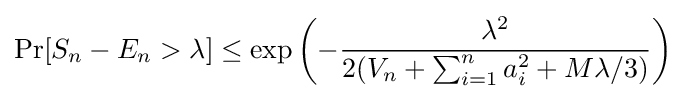
\Pr[S_{n}-E_{n}>\lambda ]\leq \exp \left(-{\frac {\lambda ^{2}}{2(V_{n}+\sum _{i=1}^{n}a_{i}^{2}+M\lambda /3)}}\right)